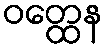
ဝတ္ထေန